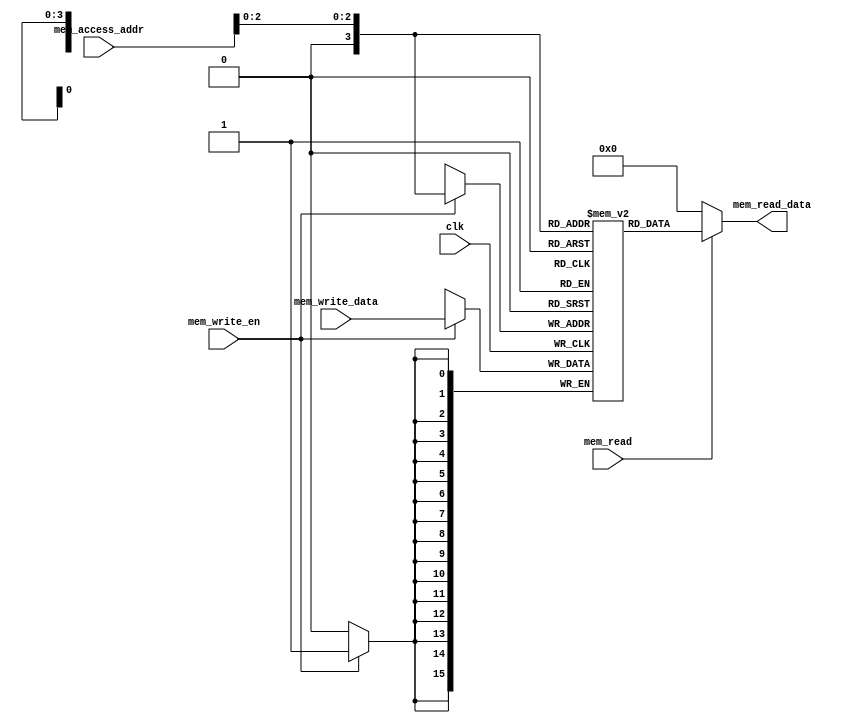
module data_mem(
 input clk,
 input [15:0] mem_access_addr,
 input [15:0] mem_write_data,
 input mem_write_en,
 input mem_read,
 output [15:0] mem_read_data
);

reg [15:0] memory [15:0];
wire [2:0] ram_addr=mem_access_addr[2:0];
 
 always @(posedge clk) begin
  if (mem_write_en)
   memory[ram_addr] <= mem_write_data;
 end
 assign mem_read_data = (mem_read==1'b1) ? memory[ram_addr]: 16'd0; 

endmodule